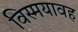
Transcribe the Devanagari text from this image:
विस्मयावह